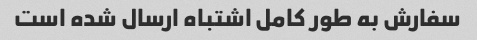
سفارش به طور کامل اشتباه ارسال شده است